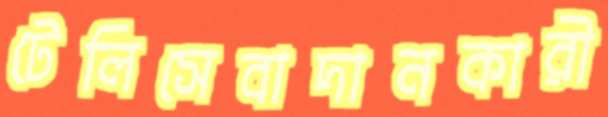
টেলিসেবাদানকারী